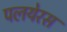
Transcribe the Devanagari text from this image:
पलयेरस